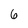
Character: 6